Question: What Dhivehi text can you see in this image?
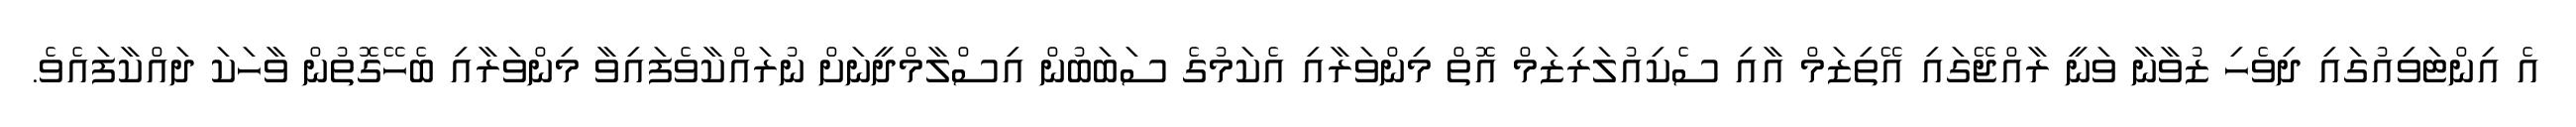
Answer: އެ އިންޓަވިއުގައި ދިވެހި ޒުވާނާ ވަނީ ރާއްޖޭގައި އޭތިޒަމް އާއި ސެކިއުލަރިޒަމް އޮތް މިންވަރާއި އެކަމުގެ ސަބަބުން އިސްލާމްދީނަށް ނުރައްކާވެފައިވާ މިންވަރާއި ބެހޭގޮތުން ވާހަކަ ދައްކާފައެވެ.